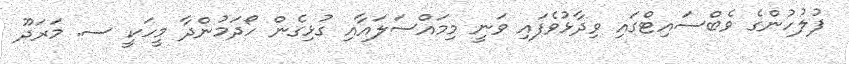
ފުލުހުންގެ ވެބްސައިޓްގައި ވިދާޅުވެފައި ވަނީ މިމައްސަލައާއި ގުޅިގެން ހޯދަމުންދާ މީހަކީ ސ. މަރަދޫ